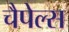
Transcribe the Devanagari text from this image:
चैपेल्स